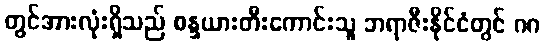
တွင်အားလုံးရှိသည် စန္ဒယားတီးကောင်းသူ ဘရာဇီးနိုင်ငံတွင် ဂဂ